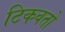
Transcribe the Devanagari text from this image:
टिकवतो